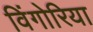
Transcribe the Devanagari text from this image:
विंगोरिया